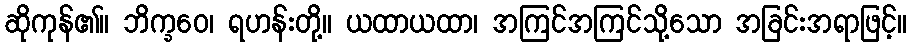
ဆိုကုန်၏။ ဘိက္ခဝေ၊ ရဟန်းတို့။ ယထာယထာ၊ အကြင်အကြင်သို့သော အခြင်းအရာဖြင့်။